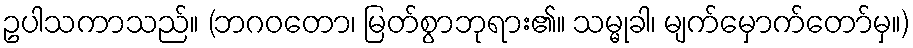
ဥပါသကာသည်။ (ဘဂဝတော၊ မြတ်စွာဘုရား၏။ သမ္မုခါ၊ မျက်မှောက်တော်မှ။)